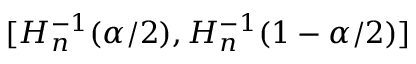
[ H _ { n } ^ { - 1 } ( \alpha / 2 ) , H _ { n } ^ { - 1 } ( 1 - \alpha / 2 ) ]